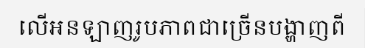
លើអនឡាញរូបភាពជាច្រើនបង្ហាញពី